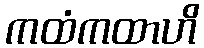
ကထံကထာဟိ